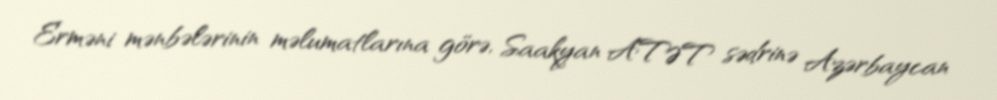
Erməni mənbələrinin məlumatlarına görə, Saakyan ATƏT sədrinə Azərbaycan